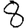
Digit: 8